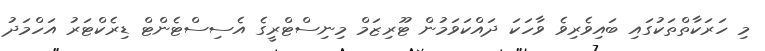
މި ހަރަކާތްތަކުގައި ބައިވެރިވެ ވާހަކަ ދައްކަވަމުން ޓޫރިޒަމް މިނިސްޓްރީގެ އެސިސްޓެންޓް ޑިރެކްޓަރު އަހްމަދު